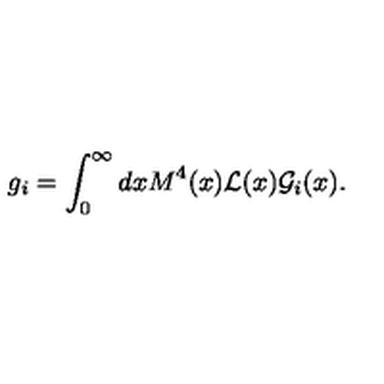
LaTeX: g _ { i } = \int _ { 0 } ^ { \infty } d x M ^ { 4 } ( x ) { \cal L } ( x ) { \cal G } _ { i } ( x ) .